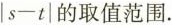
$$|s-t|$$的取值范围.